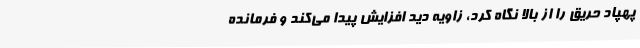
پهپاد حریق را از بالا نگاه کرد، زاویه دید افزایش پیدا می‌کند و فرمانده